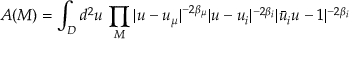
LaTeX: A ( { \cal M } ) = \int _ { \cal D } d ^ { 2 } u \, \prod _ { { \cal M } } | u - u _ { \mu } | ^ { - 2 \beta _ { \mu } } | u - u _ { i } | ^ { - 2 \beta _ { i } } | \bar { u } _ { i } u - 1 | ^ { - 2 \beta _ { i } }